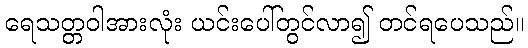
ရေသတ္တဝါအားလုံး ယင်းပေါ်တွင်လာ၍ တင်ရပေသည်။